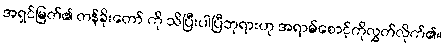
အရှင်မြတ်၏ တန်ခိုးတော် ကို သိပြီးပါပြီဘုရားဟု အရာမ်စောင့်ကိုလွှတ်လိုက်၏။